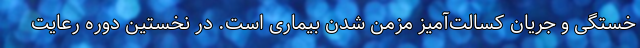
خستگی و جریان کسالت‌آمیز مزمن شدن بیماری است. در نخستین دوره رعایت